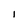
Character: i